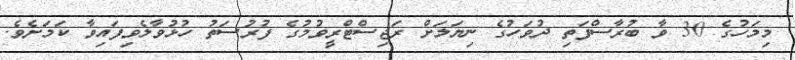
މިމަހުގެ 30 ވާ ބުރާސްފަތި ދުވަހުގެ ނިޔަލަށް ރަޖިސްޓްރީވުމުގެ ފުރުސަތު ހުޅުވާލެވިފައިވާ ކަމަށެވެ.